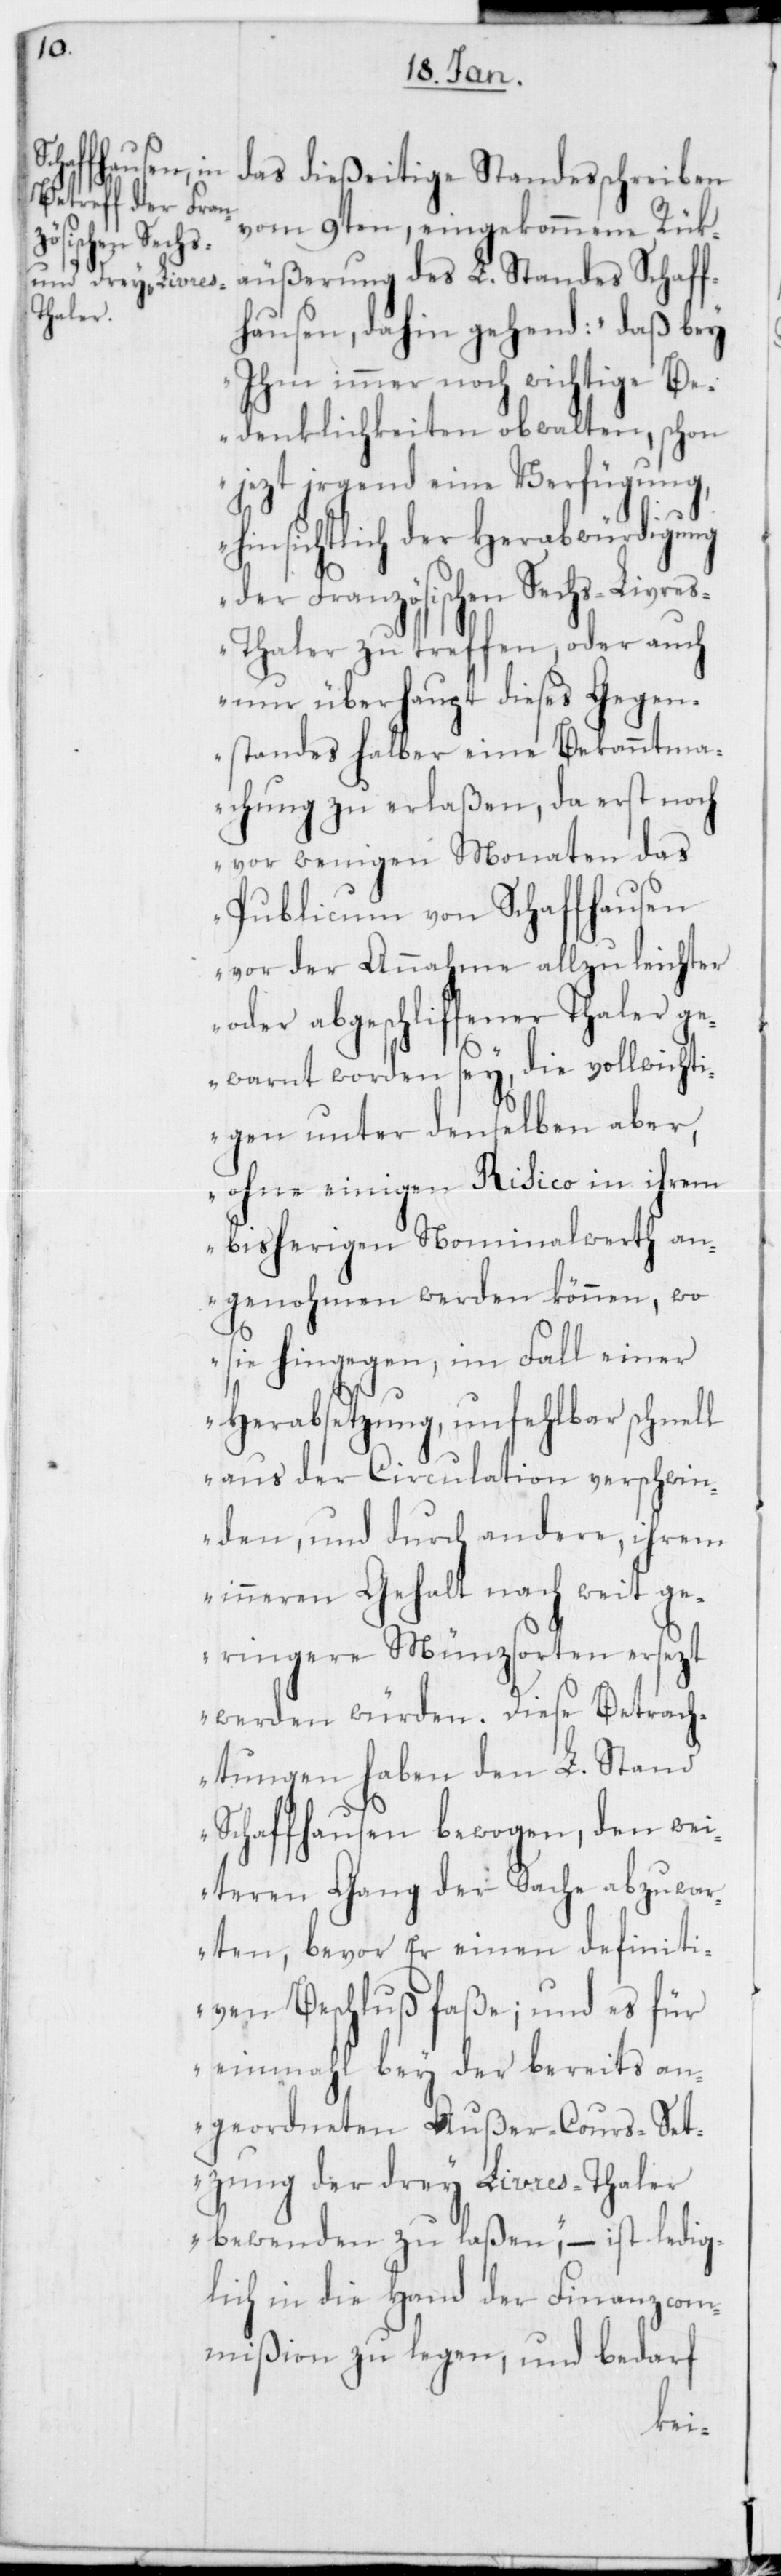
das dießeitige Standesschreiben
vom 9ten, eingekommene Rük¬
äußerung des L. Standes Schaff¬
hausen, dahin gehend: „daß bey
Ihm immer noch wichtige Be¬
denklichkeiten obwalten, schon
jezt irgend eine Verfügung,
hinsichtlich der Herabwürdigung
der Französischen Sechs-Livre¬
s-Thaler zu treffen, oder auch
nur überhaupt dieses Gegen¬
standes halber eine Bekanntma¬
chung zu erlaßen, da erst noch
vor wenigen Monaten das
Publicum von Schaffhausen
vor der Annahme allzuleichter
oder abgeschliffener Thaler g¬
ewarnt worden sey, die vollwichti¬
gen unter denselben aber,
ohne einigen Risico in ihrem
bisherigen Nominalwerth an¬
genohmen werden können, wo
sie hingegen, im Fall einer
Herabsetzung, unfehlbar schnell
aus der Circulation verschwin¬
den, und durch andere, ihrem
inneren Gehalt nach weit ge¬
ringere Münzsorten ersezt
werden würden. Diese Betrach¬
tungen haben den L. Stand
Schaffhausen bewogen, den wei¬
teren Gang der Sache abzuwa¬
rten, bevor er einen definiti¬
ven Beschluß faße; und es für
einmahl bey der bereits an¬
geordneten Außer-Cours-Set¬
zung der drei Livres-Thaler
bewenden zu laßen“, – ist ledig¬
lich in die Hand der Finanzcom¬
mißion zu legen, und bedarf